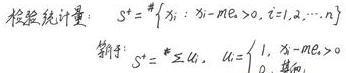
检验统计量\(: S^{+}=\#\{ x_{i}:x_{i}-m_{0}>0,i = 1,2,\cdots,n\}\)\\
符号\(: S^{+}=\sum_{i = 1}^{n}u_{i},\ u_{i}=\begin{cases}1, & x_{i}-m_{0}>0  0, &  \)其他\end{cases}